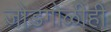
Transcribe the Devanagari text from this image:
जोडगोळीही